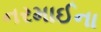
નરમાઈના